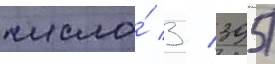
число́ 3 / 395)